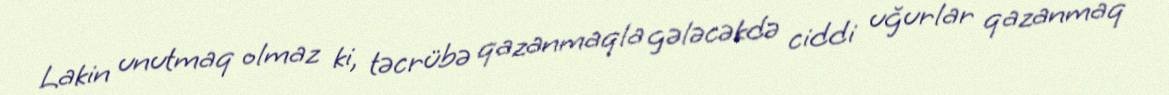
Lakin unutmaq olmaz ki, təcrübə qazanmaqla gələcəkdə ciddi uğurlar qazanmaq